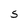
Character: s